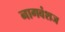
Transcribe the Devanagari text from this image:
नागवंशज